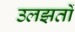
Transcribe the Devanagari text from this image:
उलझतों